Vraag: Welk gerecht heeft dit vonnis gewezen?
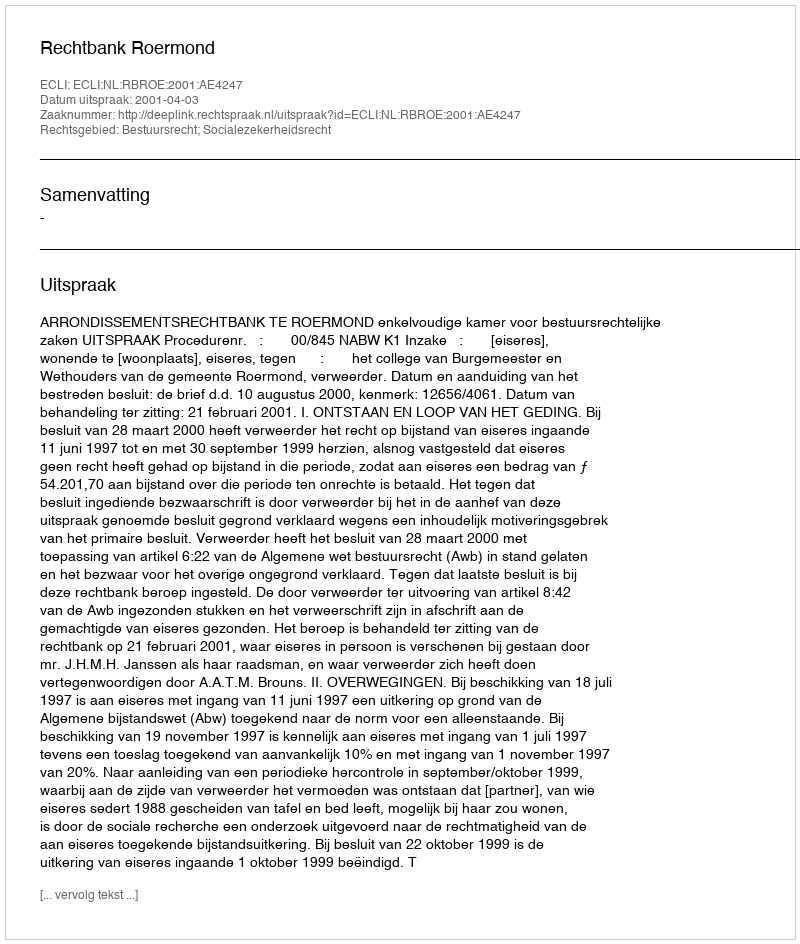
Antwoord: Rechtbank Roermond